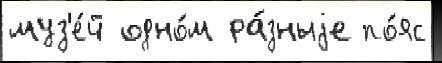
муз'е́й одно́м ра́зныjе по́яс